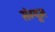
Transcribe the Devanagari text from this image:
संग्यूम